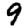
Digit: 9